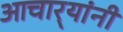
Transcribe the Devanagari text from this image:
आचार्‍यांनी